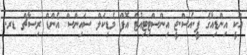
އަކީ އިންޑިއާގެ ޕީ.އެސް.ޖީ އިންސްޓިޓިއުޓް އޮފް މެޑިކަލް ސައިންސް އެންޑް ރިސާޗް ޑރ.